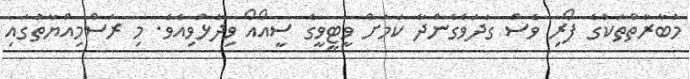
މުބާރާތްތަކުގެ ފޯރި ވެސް ގަދަވެގެންދާ ކަމަށް ވީޓީވީގެ ސީއޯއޯ ވިދާޅުވިއެވެ. މި ރަސްމިއްޔާތުގައި